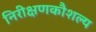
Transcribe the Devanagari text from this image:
निरीक्षणकौशल्य